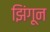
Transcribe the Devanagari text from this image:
झिंगून